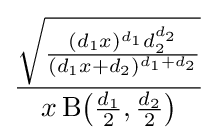
{\frac {\sqrt {\frac {(d_{1}x)^{d_{1}}d_{2}^{d_{2}}}{(d_{1}x+d_{2})^{d_{1}+d_{2}}}}}{x\,\mathrm {B} \!\left({\frac {d_{1}}{2}},{\frac {d_{2}}{2}}\right)}}\!